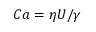
C a = \eta U / \gamma